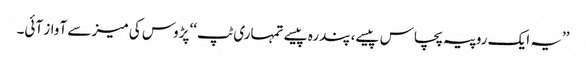
’’یہ ایک روپیہ پچاس پیسے، پندرہ پیسے تمہاری ٹپ‘‘ پڑوس کی میز سے آواز آئی۔